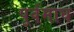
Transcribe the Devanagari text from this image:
पूर्वमाघ